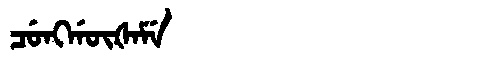
Manchu: ᠴᡠᠩᡤᡡᡧᠠᠮᡝ
Romanization: CUNGGŪŠAME